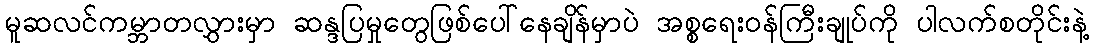
မူဆလင်ကမ္ဘာတလွှားမှာ ဆန္ဒပြမှုတွေဖြစ်ပေါ်နေချိန်မှာပဲ အစ္စရေးဝန်ကြီးချုပ်ကို ပါလက်စတိုင်းနဲ့